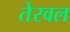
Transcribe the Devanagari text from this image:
तेरवल